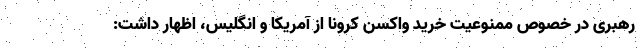
رهبری در خصوص ممنوعیت خرید واکسن کرونا از آمریکا و انگلیس، اظهار داشت: